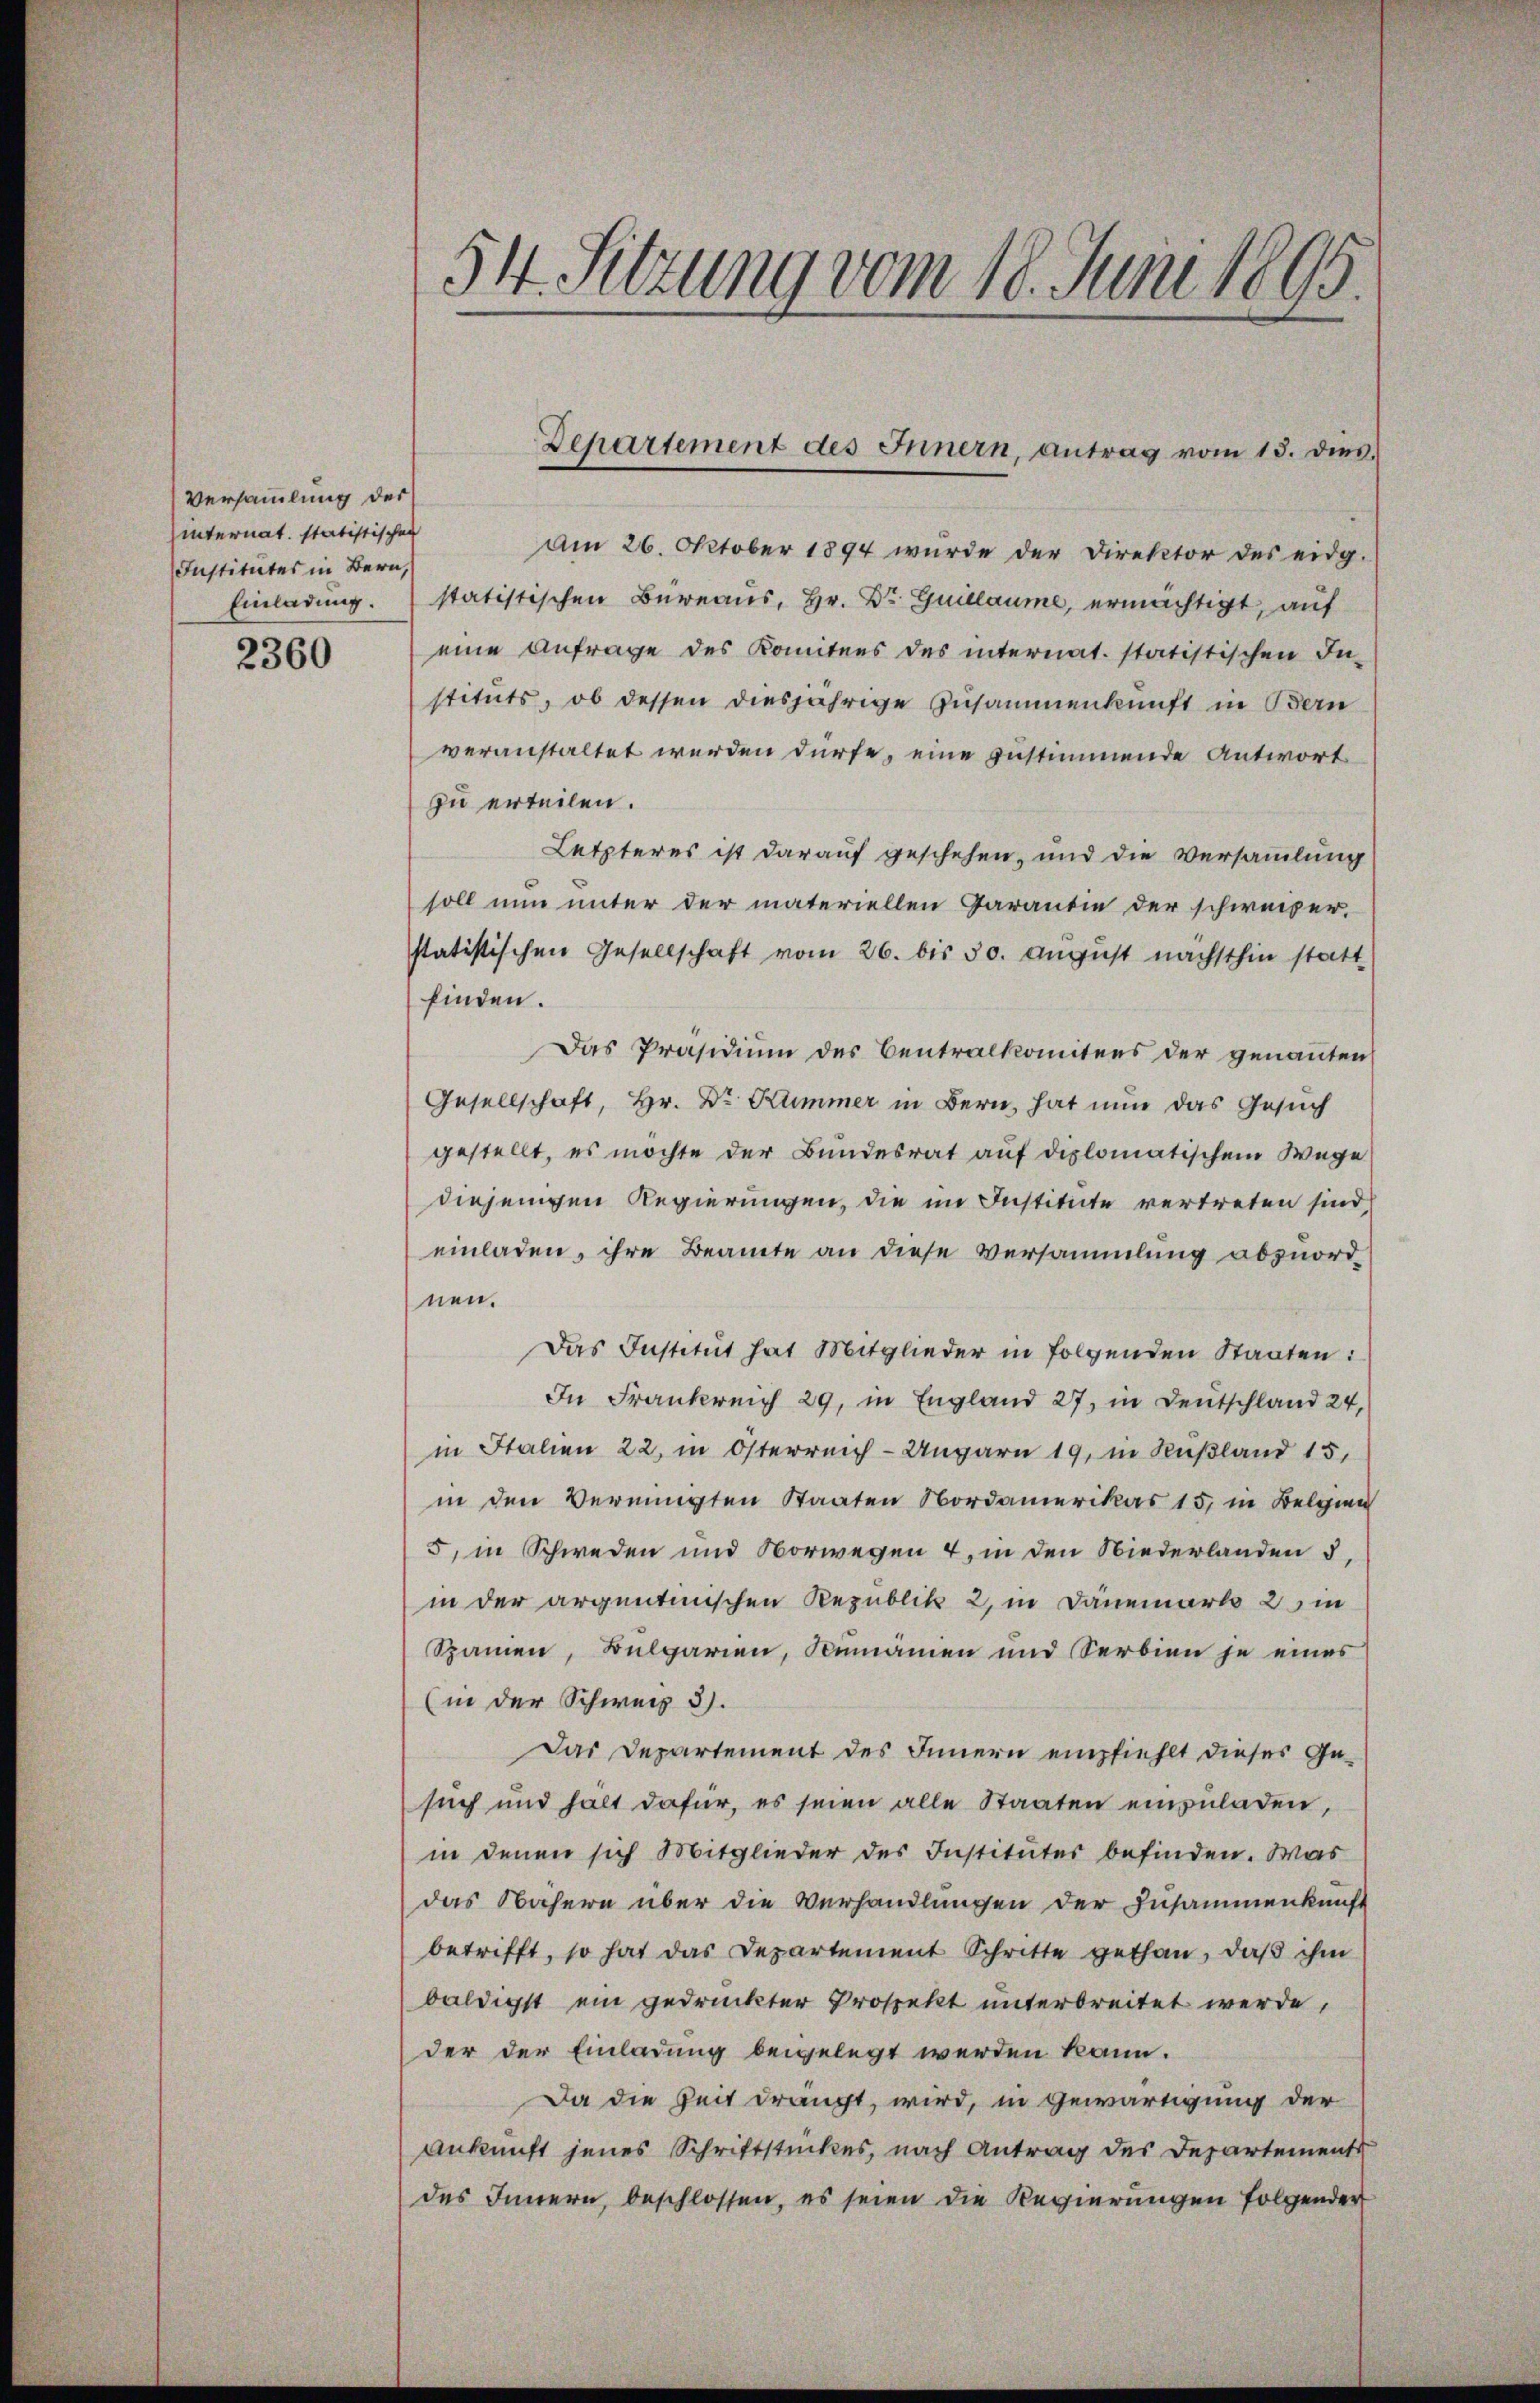
Versammlung der
internat. statistischen
Institutes in Bern,

2360

54. Sitzung vom 18. Juni 1895.

Am 26. Oktober 1894 wurde der Direktor des eidg.
Einladung. statistischen Büreaus, Hr. Dr. Guillaume, ermächtigt, auf
eine Anfrage des Komitees des internat. statistischen In-
stituts, ob dessen diesjährige Zusammenkunft in Bern
veranstaltet werden dürfe, eine zustimmende Antwort
zu erteilen.
Letzteres ist darauf geschehen, und die Versammlung
soll nun unter der materiellen Garantie der schweizer,
statistischen Gesellschaft vom 26. bis 50. August nächsthin statt
finden.
Das Präsidium des Centralkomitens der genannten
Gesellschaft, Hr. Dr Kummer in Bern, hat nun das Gesuch
gestellt, es möchte der Bundesrat auf diplomatischem Wege
diejenigen Regierungen, die im Institute vertreten sind,
einladen, ihre Beamte an diese Versammlung abzuordnen.
Das Institut hat Mitglieder in folgenden Staaten:
In Frankreich 29, in England 27, in Deutschland 24,
in Italien 22, in Österreich-Ungarn 19, in Rußland 15,
in den Vereinigten Staaten Nordamerikas 15, in Belgien
5, in Schweden und Norwegen 4, in den Niederlanden 5,
in der argentinischen Republik 2, in Dänemark 2 in
Spamen, Bulgarien, Rumänien und Serbien je eines
(in der Schweiz 3).
Das Departement des Innern empfiehlt dieses Gesuch und hält dafür, es seien alle Staaten einzuladen,
in denen sich Mitglieder des Institutes befinden. Was
das Nähern über die Verhandlungen der Zusammenkunft
betrifft, so hat das Departement Schritte gethan, daß ihm
baldigst ein gedruckter Prospekt unterbreitet werde,
der der Einladung beigelegt werden kann.
Da die Zeit drängt, wird, in Gewärtigung der
Ankunft jenes Schriftstückes, nach Antrag des Departements
des Innern, beschlossen, es seien die Regierungen folgender

Departement des Innern, antrag vom 13. dies.